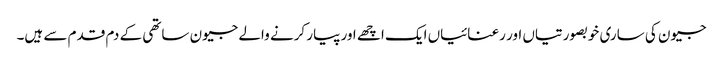
جیون کی ساری خوبصورتیاں اور رعنائیاں ایک اچھے اور پیار کرنے والے جیون ساتھی کے دم قدم سے ہیں۔